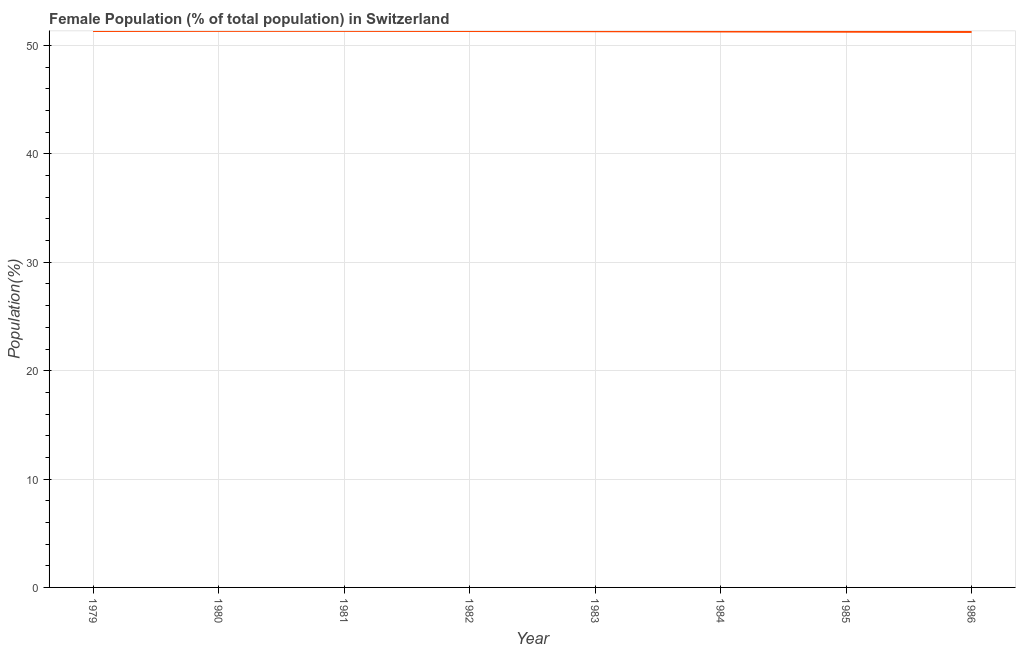
| Year | Female |
 | --- | --- |
 | 1979 | 51.3 |
 | 1980 | 51.4 |
 | 1981 | 51.4 |
 | 1982 | 51.3 |
 | 1983 | 51.3 |
 | 1984 | 51.3 |
 | 1985 | 51.3 |
 | 1986 | 51.3 |